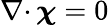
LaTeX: {{\nabla\cdot}\, }{\boldsymbol\chi}=0